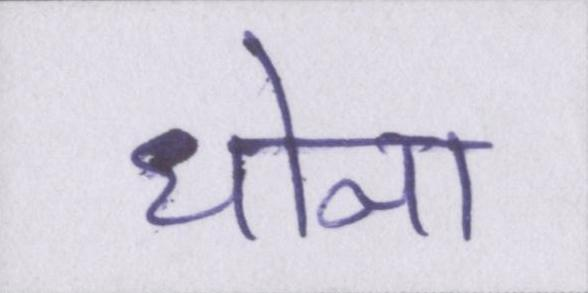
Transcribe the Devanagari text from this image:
धोना